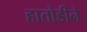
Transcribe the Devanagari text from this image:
हातोडीने